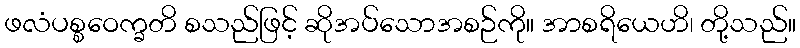
ဖလံပစ္စဝေက္ခတိ စသည်ဖြင့် ဆိုအပ်သောအစဉ်ကို။ အာစရိယေဟိ၊ တို့သည်။